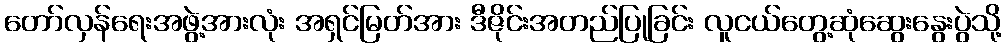
တော်လှန်ရေးအဖွဲ့အားလုံး အရှင်မြတ်အား ဒီဇိုင်းအတည်ပြုခြင်း လူငယ်တွေ့ဆုံဆွေးနွေးပွဲသို့